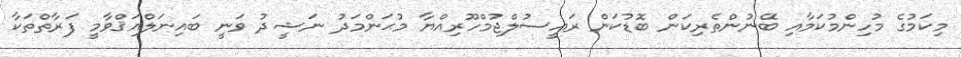
މިކަމުގެ މުހިންމުކަމާއި ބޭނުންތެރިކަން ބޮޑުކަން ރައީސުލްޖުމްހޫރިއްޔާ މުޙަންމަދު ނަޝީދު ވަނީ ބައިނަލްއަޤްވާމީ ފަރާތްތަކާ